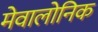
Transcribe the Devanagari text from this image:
मेवालोनिक